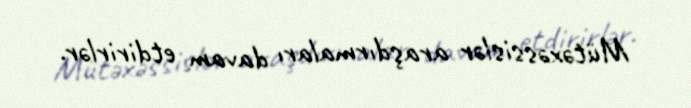
Mütəxəssislər araşdırmaları davam etdirirlər.